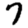
Digit: 7